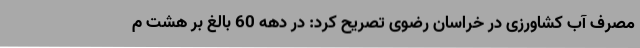
مصرف آب کشاورزی در خراسان رضوی تصریح کرد: در دهه 60 بالغ بر هشت م